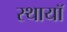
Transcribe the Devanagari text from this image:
स्थायॉ